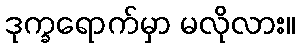
ဒုက္ခရောက်မှာ မလိုလား။